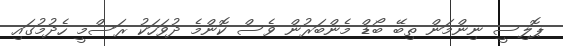
ޕޮލިސީ ނިންމަން ތިބޭ ބޯޑް މެންބަރުން ވެސް ކޮންމެ ދުވަހަކު ރަސްމީ ހެދުމުގައި